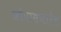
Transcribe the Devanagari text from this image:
जोपासणारेच